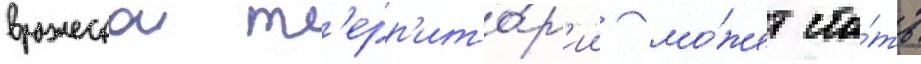
вражескои т'ерр'ито́р'ии мо́жет ста́ть